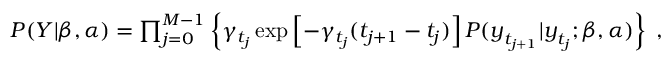
\begin{array} { r } { P ( \boldsymbol { Y } | \beta , \alpha ) = \prod _ { j = 0 } ^ { M - 1 } \left\lbrace \gamma _ { t _ { j } } \exp \left[ - \gamma _ { t _ { j } } ( t _ { j + 1 } - t _ { j } ) \right] P ( \boldsymbol { y } _ { t _ { j + 1 } } | \boldsymbol { y } _ { t _ { j } } ; \beta , \alpha ) \right\rbrace \; , } \end{array}